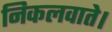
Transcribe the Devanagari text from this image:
निकलवाते।